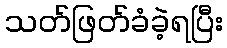
သတ်ဖြတ်ခံခဲ့ရပြီး